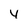
Character: 4